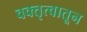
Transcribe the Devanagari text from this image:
वक्तृत्वातून